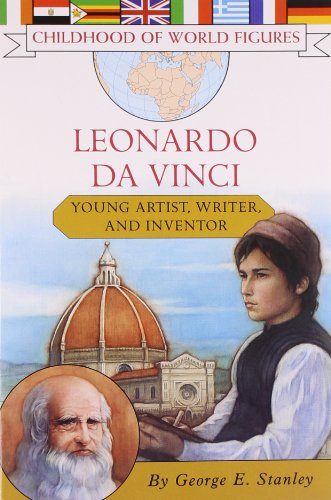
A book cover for Leonardo da Vinci: Young Artist, Writer, and Inventor (Childhood of World Figures); George E. Stanley; Children's Books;